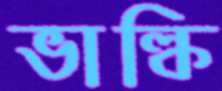
ভাল্কি